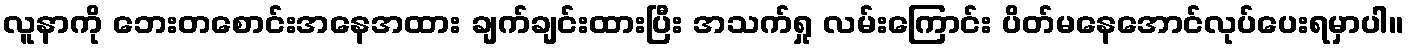
လူနာကို ဘေးတစောင်းအနေအထား ချက်ချင်းထားပြီး အသက်ရှု လမ်းကြောင်း ပိတ်မနေအောင်လုပ်ပေးရမှာပါ။